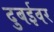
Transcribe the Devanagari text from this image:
दुबईवर